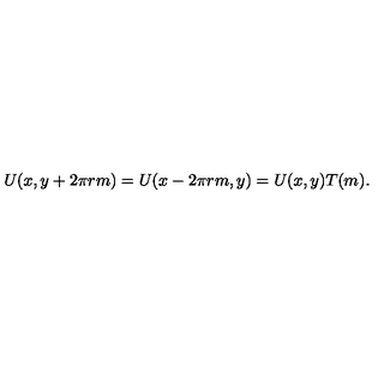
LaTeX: U ( x , y + 2 \pi r m ) = U ( x - 2 \pi r m , y ) = U ( x , y ) T ( m ) .